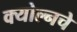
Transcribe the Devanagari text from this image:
क्योल्नचे